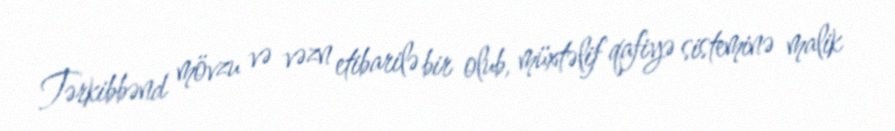
Tərkibbənd mövzu və vəzn etibarilə bir olub, müxtəlif qafiyə sisteminə malik